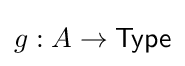
g:A\to {\mathsf {Type}}